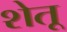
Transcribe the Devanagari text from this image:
शेतू